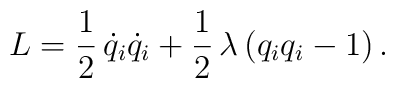
L=\frac{1}{2}\,\dot q_i\dot q_i+\frac{1}{2}\,\lambda\,(q_iq_i-1)\,.